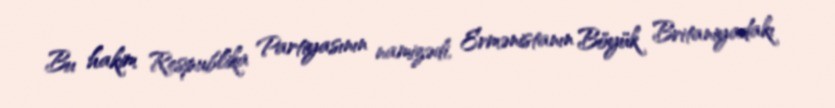
Bu hakim Respublika Partiyasının namizədi, Ermənistanın Böyük Britaniyadakı